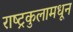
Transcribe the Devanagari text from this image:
राष्ट्रकुलामधून